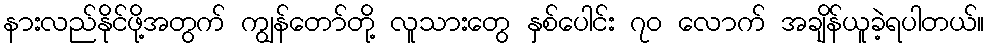
နားလည်နိုင်ဖို့အတွက် ကျွန်တော်တို့ လူသားတွေ နှစ်ပေါင်း ၇၀ လောက် အချိန်ယူခဲ့ရပါတယ်။